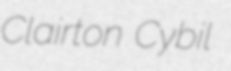
Clairton Cybil